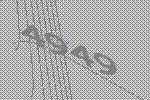
4949